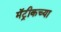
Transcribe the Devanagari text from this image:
मॅट्रीकच्या